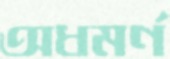
অধমর্ণ